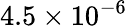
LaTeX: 4.5\times 10^{-6}